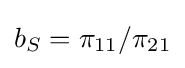
b_{S}=\pi _{11}/\pi _{21}